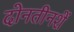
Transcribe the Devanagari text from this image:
दोनतीनशें